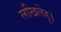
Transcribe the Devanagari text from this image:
लखिलेहु।